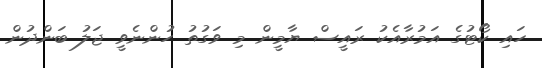
ހައި ކޯޓުގެ އަމުރާއެކު ރައީސް ޔާމީން މި ވަގުތު ހުންނެވީ ޖަލު ބަންދުން